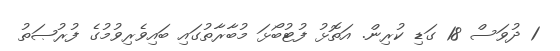
1 ދުވަސް 18 ގަޑި ކުރިން. އަތޮޅު ފުޓުބޯޅަ މުބާރާތުގައި ބައިވެރިވުމުގެ ފުރުޞަތު